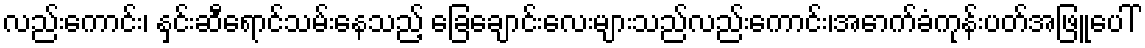
လည်းကောင်း၊ နှင်းဆီရောင်သမ်းနေသည့် ခြေချောင်းလေးများသည်လည်းကောင်း၊အောက်ခံကုန်းပတ်အဖြူပေါ်